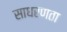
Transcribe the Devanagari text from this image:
साधरणता